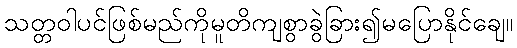
သတ္တဝါပင်ဖြစ်မည်ကိုမူတိကျစွာခွဲခြား၍မပြောနိုင်ချေ။